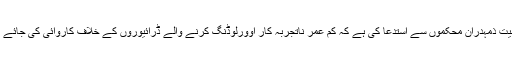
عوامی سماجی حلقوں نے ڈی پی او جہلم سمیت ذمہدران محکموں سے استدعا کی ہے کہ کم عمر ناتجربہ کار اوورلوڈنگ کرنے والے ڈرائیوروں کے خلاف کاروائی کی جائے اور ان کو ٹریفک قوانین سے آگاہ کیا جائے۔